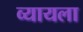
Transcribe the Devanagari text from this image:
व्यायला